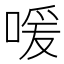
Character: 喛